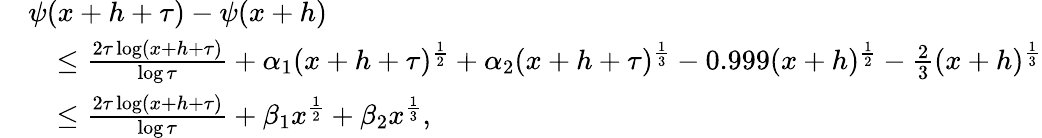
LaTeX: \begin{array}{rl}&{\psi(x+h+\tau)-\psi(x+h)}\\ &{\quad\leq\frac{2\tau\log(x+h+\tau)}{\log{\tau}}+\alpha_{1}(x+h+\tau)^{\frac{1}{2}}+\alpha_{2}(x+h+\tau)^{\frac{1}{3}}-0.999(x+h)^{\frac{1}{2}}-\frac{2}{3}(x+h)^{\frac{1}{3}}}\\ &{\quad\leq\frac{2\tau\log(x+h+\tau)}{\log{\tau}}+\beta_{1}x^{\frac{1}{2}}+\beta_{2}x^{\frac{1}{3}},}\end{array}